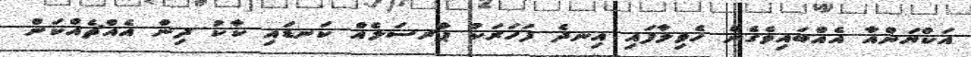
އަކްޔަންއާ އެއްބައިވެގެން ހެވިލާފައި އިނދެ ފަހަރަކު ޕާރސަލެއް ކަނޑައި ކާކު ދިން އެއްޗެއްކަން